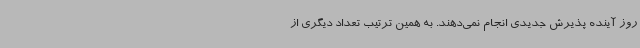
روز آینده پذیرش جدیدی انجام نمی‌دهند. به همین ترتیب تعداد دیگری از